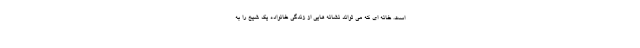
است. خانه ای که می تواند نشانه هایی از زندگی خانواده یک شیخ را به